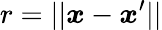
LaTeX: r=||\boldsymbol{x}-\boldsymbol{x}^{\prime}||